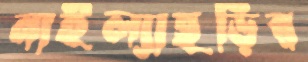
নাইল্যাছড়ির